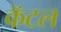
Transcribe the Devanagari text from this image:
कॅटल